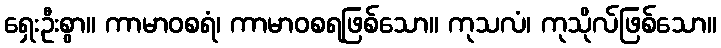
ရှေးဦးစွာ။ ကာမာဝစရံ၊ ကာမာဝစရဖြစ်သော။ ကုသလံ၊ ကုသိုလ်ဖြစ်သော။